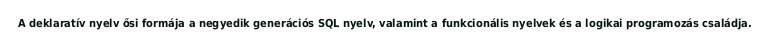
A deklaratív nyelv ősi formája a negyedik generációs SQL nyelv, valamint a funkcionális nyelvek és a logikai programozás családja.